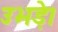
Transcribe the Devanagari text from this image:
उभड़े।